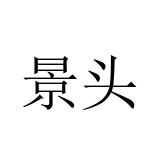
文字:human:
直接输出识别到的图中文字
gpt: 景头